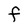
Character: F